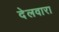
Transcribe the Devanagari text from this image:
देलवारा